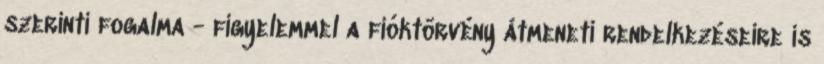
szerinti fogalma - figyelemmel a fióktörvény átmeneti rendelkezéseire is